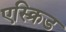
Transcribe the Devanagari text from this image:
एस्क्रिड